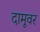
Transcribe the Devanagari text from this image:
दामूवर